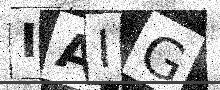
Text: IAIG